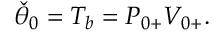
\begin{array} { r } { \check { \theta } _ { 0 } = T _ { b } = { P } _ { 0 + } { V } _ { 0 + } . } \end{array}